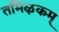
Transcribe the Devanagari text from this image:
तमिऴकम्